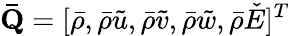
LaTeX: \mathbf{\bar{Q}}=[\bar{\rho},\bar{\rho}\tilde{u},\bar{\rho}\tilde{v},\bar{\rho}\tilde{w},\bar{\rho}\check{E}]^{T}